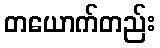
တယောက်တည်း